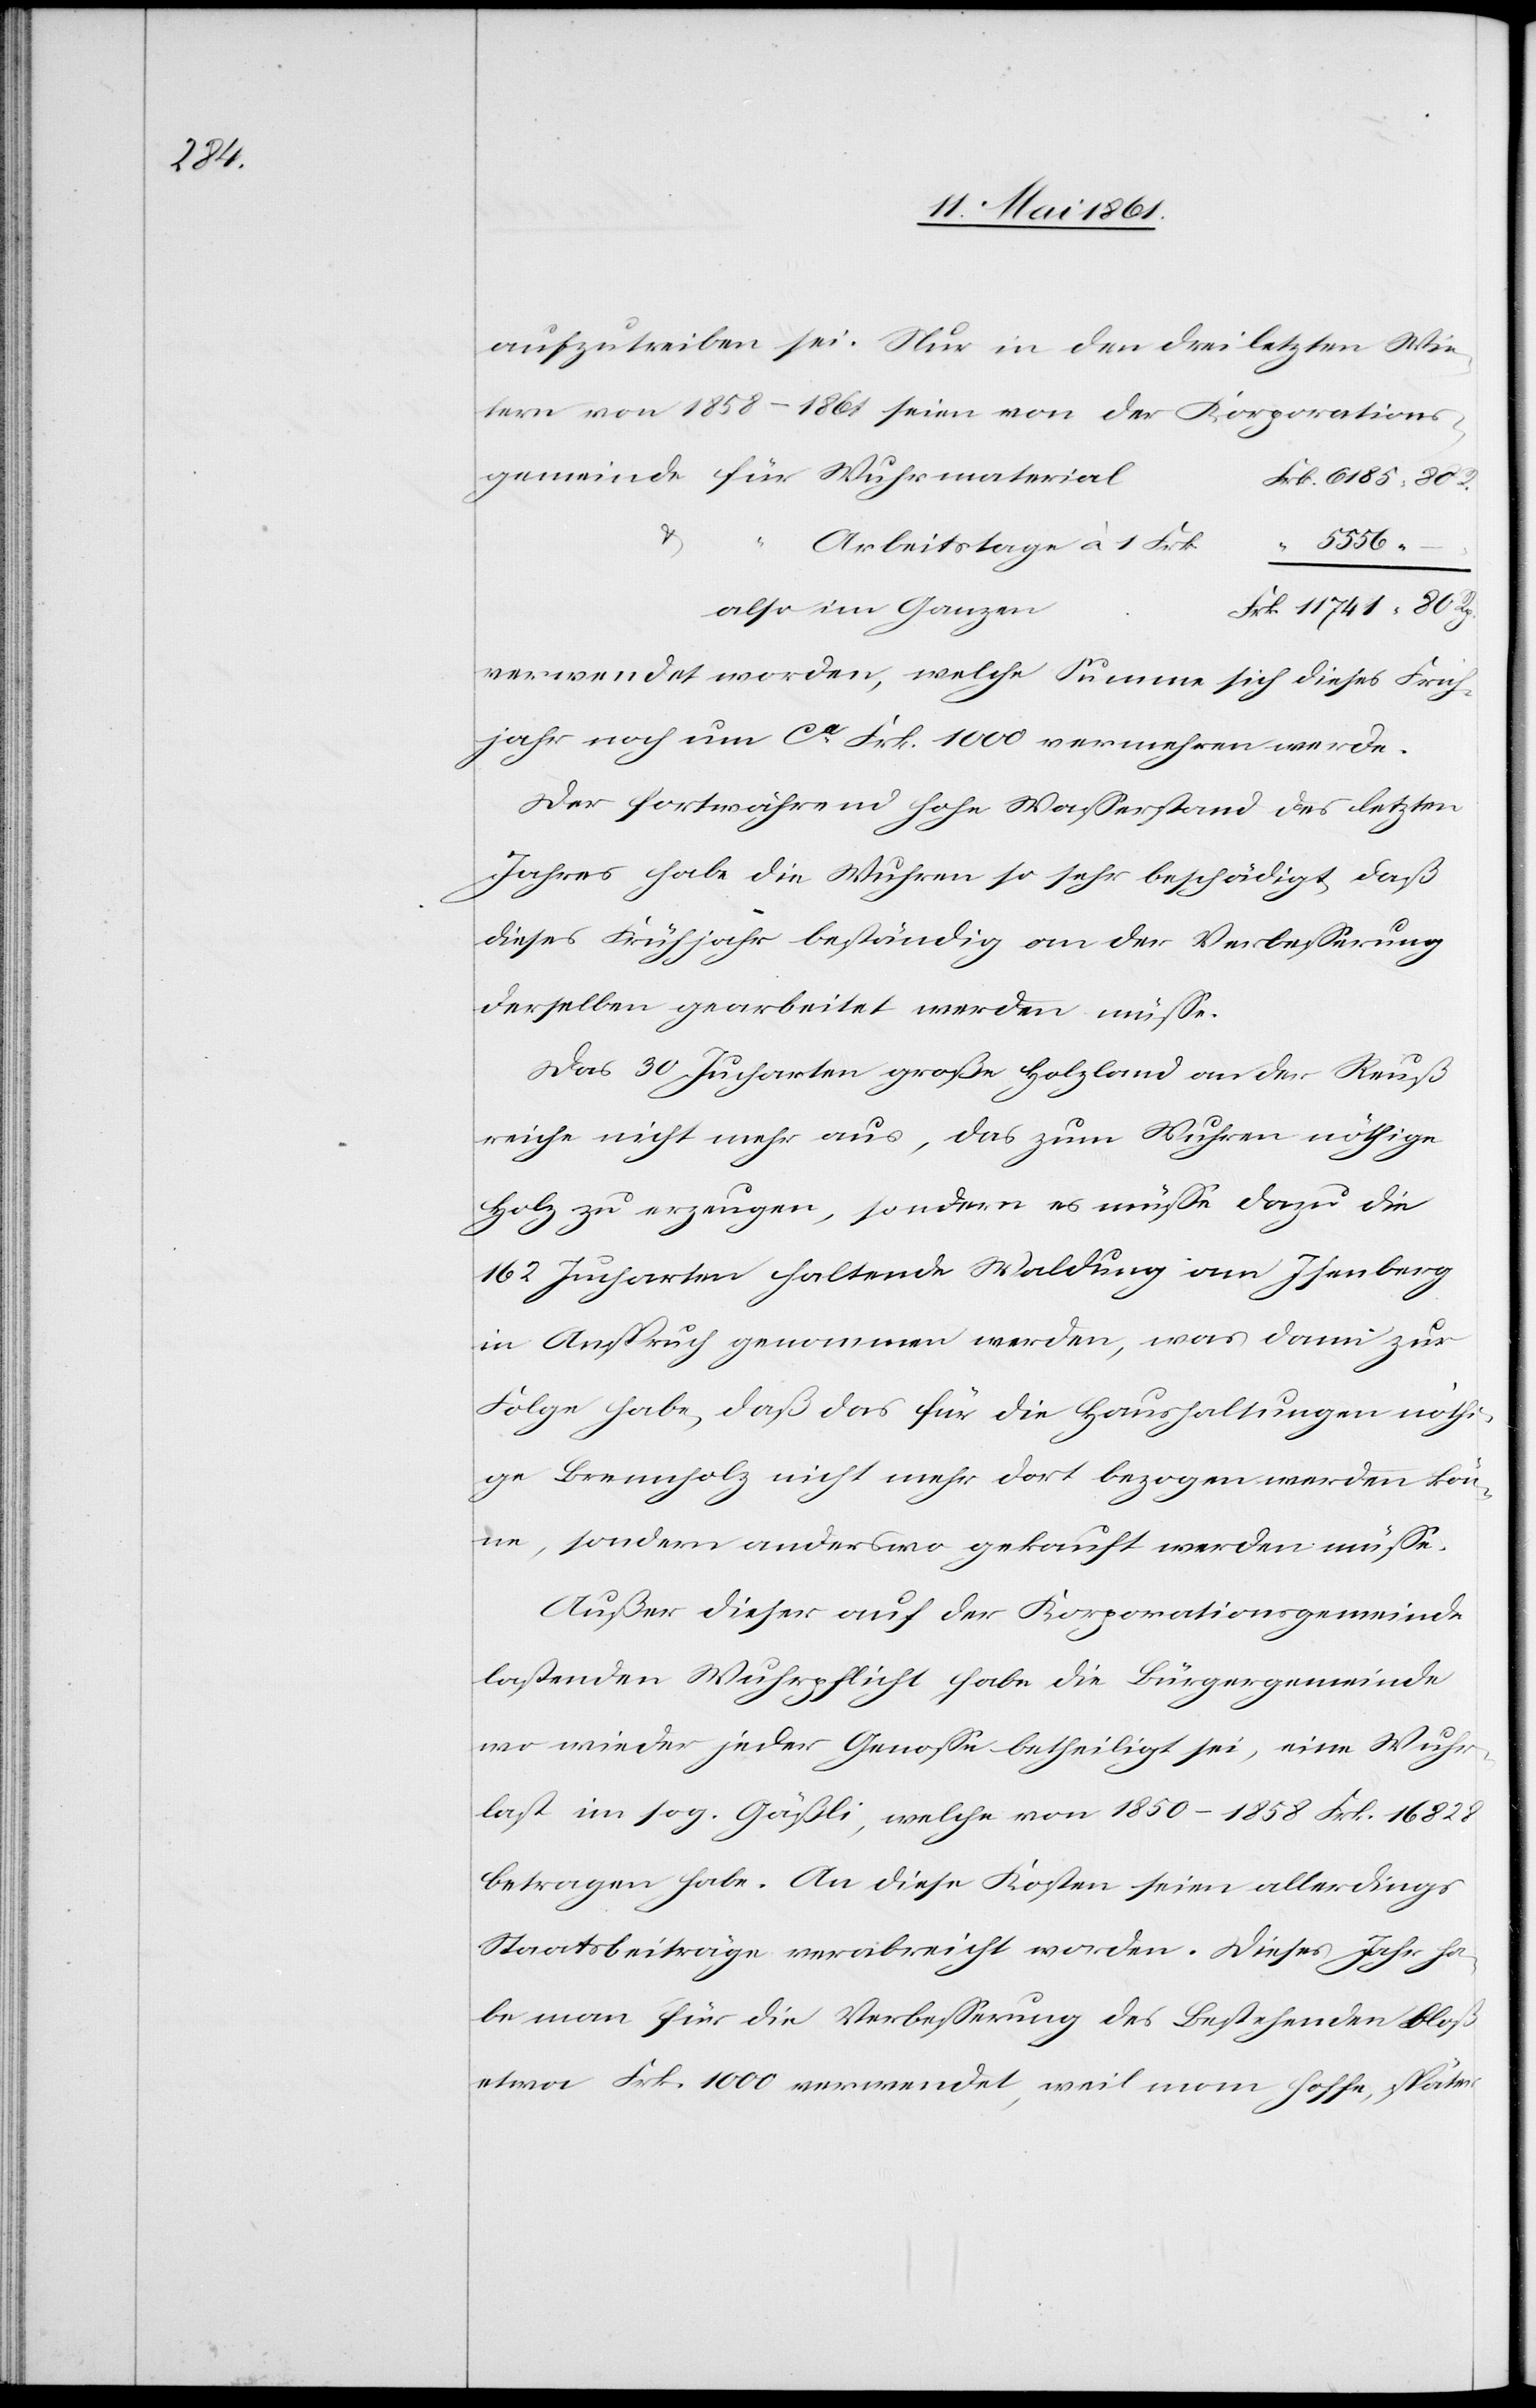
R.

aufzutreiben sei. Nur in den drei letzten Win¬
tern von 1858–1861 seien von der Korporations¬
Arbeitstage à 1 Frk.
5556
also im Ganzen
verwendet worden, welche Summe sich dieses Früh¬
jahr noch um ca Frk. 1000 vermehren werde.
Der fortwährend hohe Wasserstand des letzten
Jahres habe die Wuhren so sehr beschädigt, daß
dieses Frühjahr beständig an der Verbesserung
derselben gearbeitet werden müsse.
Das 30 Jucharten große Holzland an der Reuß
reiche nicht mehr aus, das zum Wuhren nöthige
Holz zu erzeugen, sondern es müße dazu die
162 Jucharten haltende Waldung am Isenberg
in Anspruch genommen werden, was dann zur
Folge habe, daß das für die Haushaltungen nöthi¬
ge Brennholz nicht mehr dort bezogen werden kön¬
ne, sondern anderswo gekauft werden müsse.
Außer dieser auf der Korporationsgemeinde
lastenden Wuhrpflicht habe die Bürgergemeinde
wo wieder jeder Genosse betheiligt sei, eine Wuhr¬
last im sog. Gäßli, welche von 1850–1858 Frk. 16 828
betragen habe. An diese Kosten seien allerdings
Staatsbeiträge verabreicht worden. Dieses Jahr ha¬
be man für die Verbesserung des Bestehenden bloß
etwa Frk. 1000 verwendet, wie man hoffe, später